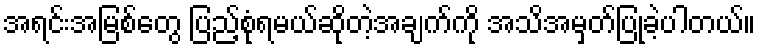
အရင်းအမြစ်တွေ ပြည့်စုံရမယ်ဆိုတဲ့အချက်ကို အသိအမှတ်ပြုခဲ့ပါတယ်။